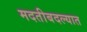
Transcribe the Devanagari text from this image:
मदतीबदल्यात